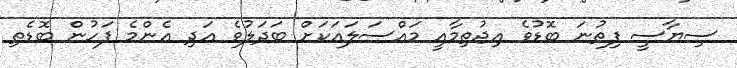
ސިޔާސީ ފިތުނަ ބޮޑުވެ އިޖުތިމާއީ މައްސަލައަކަށް ބަދަލުވެ އަދި އެންމެ ފަހުން ބޮޑެތި